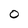
Character: 0